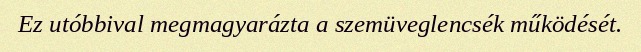
Ez utóbbival megmagyarázta a szemüveglencsék működését.